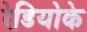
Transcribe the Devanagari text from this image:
रेडियोके